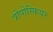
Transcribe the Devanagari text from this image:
त्रोपोस्फियर